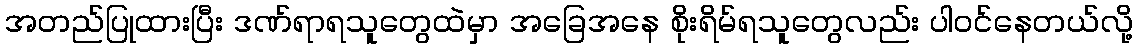
အတည်ပြုထားပြီး ဒဏ်ရာရသူတွေထဲမှာ အခြေအနေ စိုးရိမ်ရသူတွေလည်း ပါဝင်နေတယ်လို့